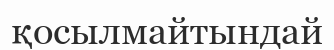
қосылмайтындай